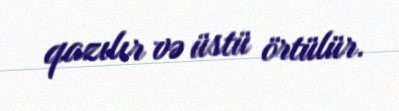
qazılır və üstü örtülür.